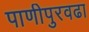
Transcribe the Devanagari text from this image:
पाणीपुरवढा